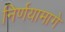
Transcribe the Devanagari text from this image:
निर्णयामागे